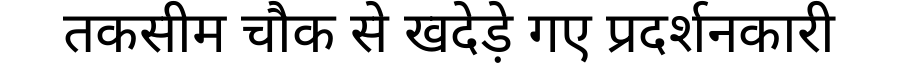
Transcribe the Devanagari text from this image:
तकसीम चौक से खदेड़े गए प्रदर्शनकारी